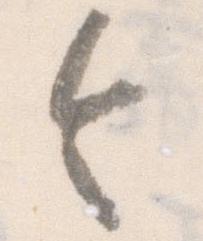
令